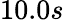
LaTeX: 10.0s